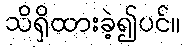
သိရှိထားခဲ့၍ပင်။